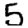
Digit: 5